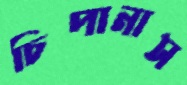
চিপানাস